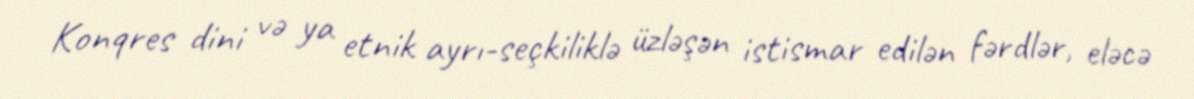
Konqres dini və ya etnik ayrı-seçkiliklə üzləşən istismar edilən fərdlər, eləcə